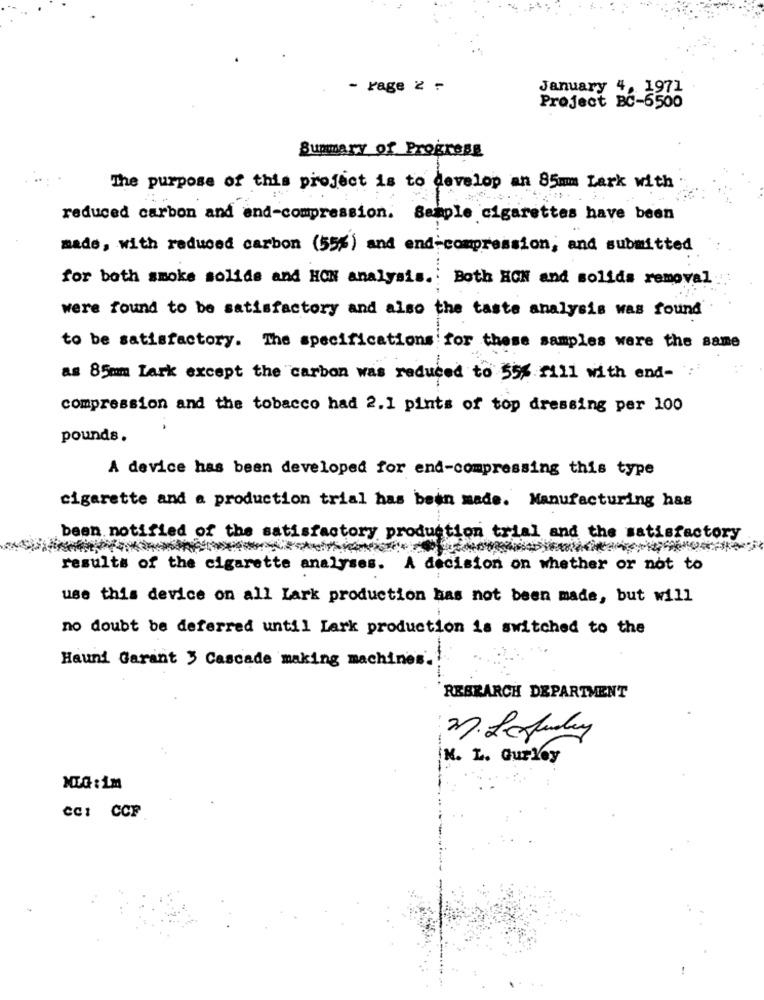
- rage 2 -
January 4, 1971
Project BC-6500
Summary of Progress
The purpose of this project is to develop an 85mm Lark with
reduced carbon and and-compression. Semple cigarettes have been
made, with reduced carbon (55%) and end-compression, and submitted
for both smoke solide and HOW analysis. Both HON and solids removal
were found to be satisfactory and also the taste analysis was found'
to be satisfactory. The specifications for these samples were the same
as 85mm Lark except the carbon was reduced to 55% fill with end- :
compression and the tobacco had 2.1 pints of top dressing per 100
pounds.
A device has been developed for end-compressing this type
cigarette and a production trial has been made. Manufacturing has
been notified of the satisfactory production trial and the satisfactory
results of the cigarette analyses.
A decision on whether or not to
use this device on all Lark production has not been made, but will
no doubt be deferred until Lark production is switched to the
Haund Garant 3 Cascade making machines.
REBRARCH DEPARTMENT
2. Le Judy
K. L. Gurley
NIG : 1m
cc: CCF